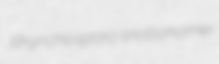
Rhynchospora snobonomer